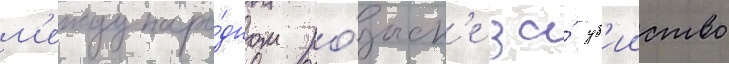
м'еждунаро́дном ро́зыск'е за́ уб'ииство